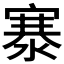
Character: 𬈡